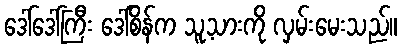
ဒေါ်ဒေါ်ကြီး ဒေါ်စိန်က သူ့သားကို လှမ်းမေးသည်။